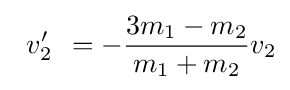
\;\,v_{2}^{\prime }\,\;=-{\frac {3m_{1}-m_{2}}{m_{1}+m_{2}}}v_{2}